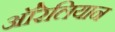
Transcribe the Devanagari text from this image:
ऑरेलियान